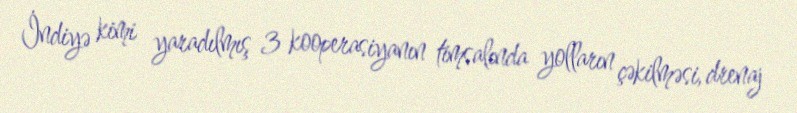
İndiyə kimi yaradılmış 3 kooperasiyanın timsalında yolların çəkilməsi, drenaj